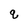
Character: q